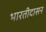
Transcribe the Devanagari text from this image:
भारतीदासन